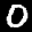
Label: 0